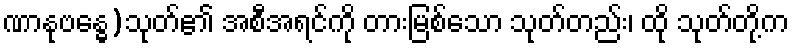
ဏာနုဗန္ဓေ)သုတ်၏ အစီအရင်ကို တားမြစ်သော သုတ်တည်း၊ ထို သုတ်တို့က